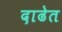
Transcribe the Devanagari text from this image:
दाढेत